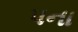
પના